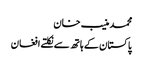
محمد منیب خان
پاکستان کے ہاتھ سے نکلتے افغان